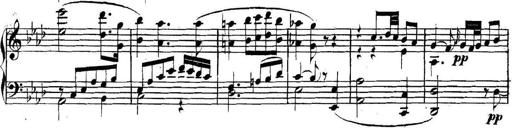
Title: Collected Piano Sonatas
Composer: Muzio Clementi